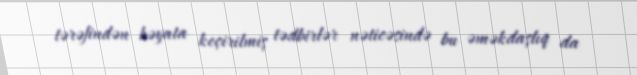
tərəfindən həyata keçirilmiş tədbirlər nəticəsində bu əməkdaşlıq da